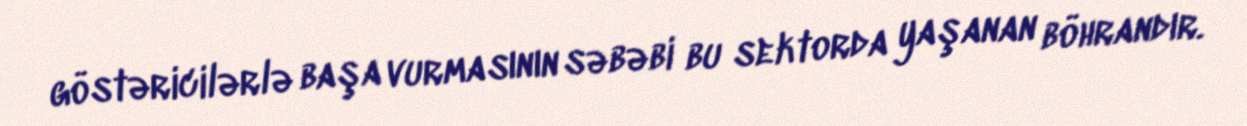
göstəricilərlə başa vurmasının səbəbi bu sektorda yaşanan böhrandır.